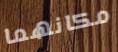
مكانهما